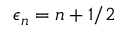
\epsilon _ { n } = n + 1 / 2